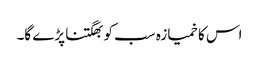
اس کا خمیازہ سب کو بھگتنا پڑے گا۔